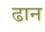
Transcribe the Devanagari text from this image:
ढान